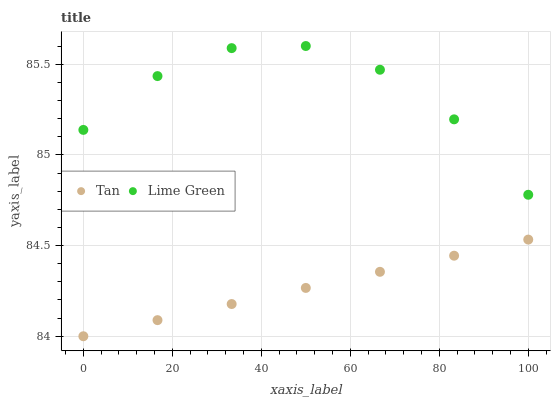
| xaxis_label | Tan | Lime Green |
 | --- | --- | --- |
 | 0 | 84 | 85.1 |
 | 16.7 | 84.1 | 85.4 |
 | 33.3 | 84.2 | 85.6 |
 | 50 | 84.3 | 85.6 |
 | 66.7 | 84.4 | 85.5 |
 | 83.3 | 84.4 | 85.2 |
 | 100 | 84.5 | 84.8 |